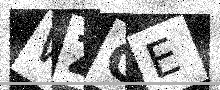
Text: WZCE